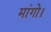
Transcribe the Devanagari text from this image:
मांगो।